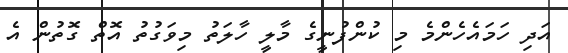
އަދި ހަމައެހެންމެ މި ކުންފުނީގެ މާލީ ހާލަތު މިވަގުތު އޮތް ގޮތުން އެ